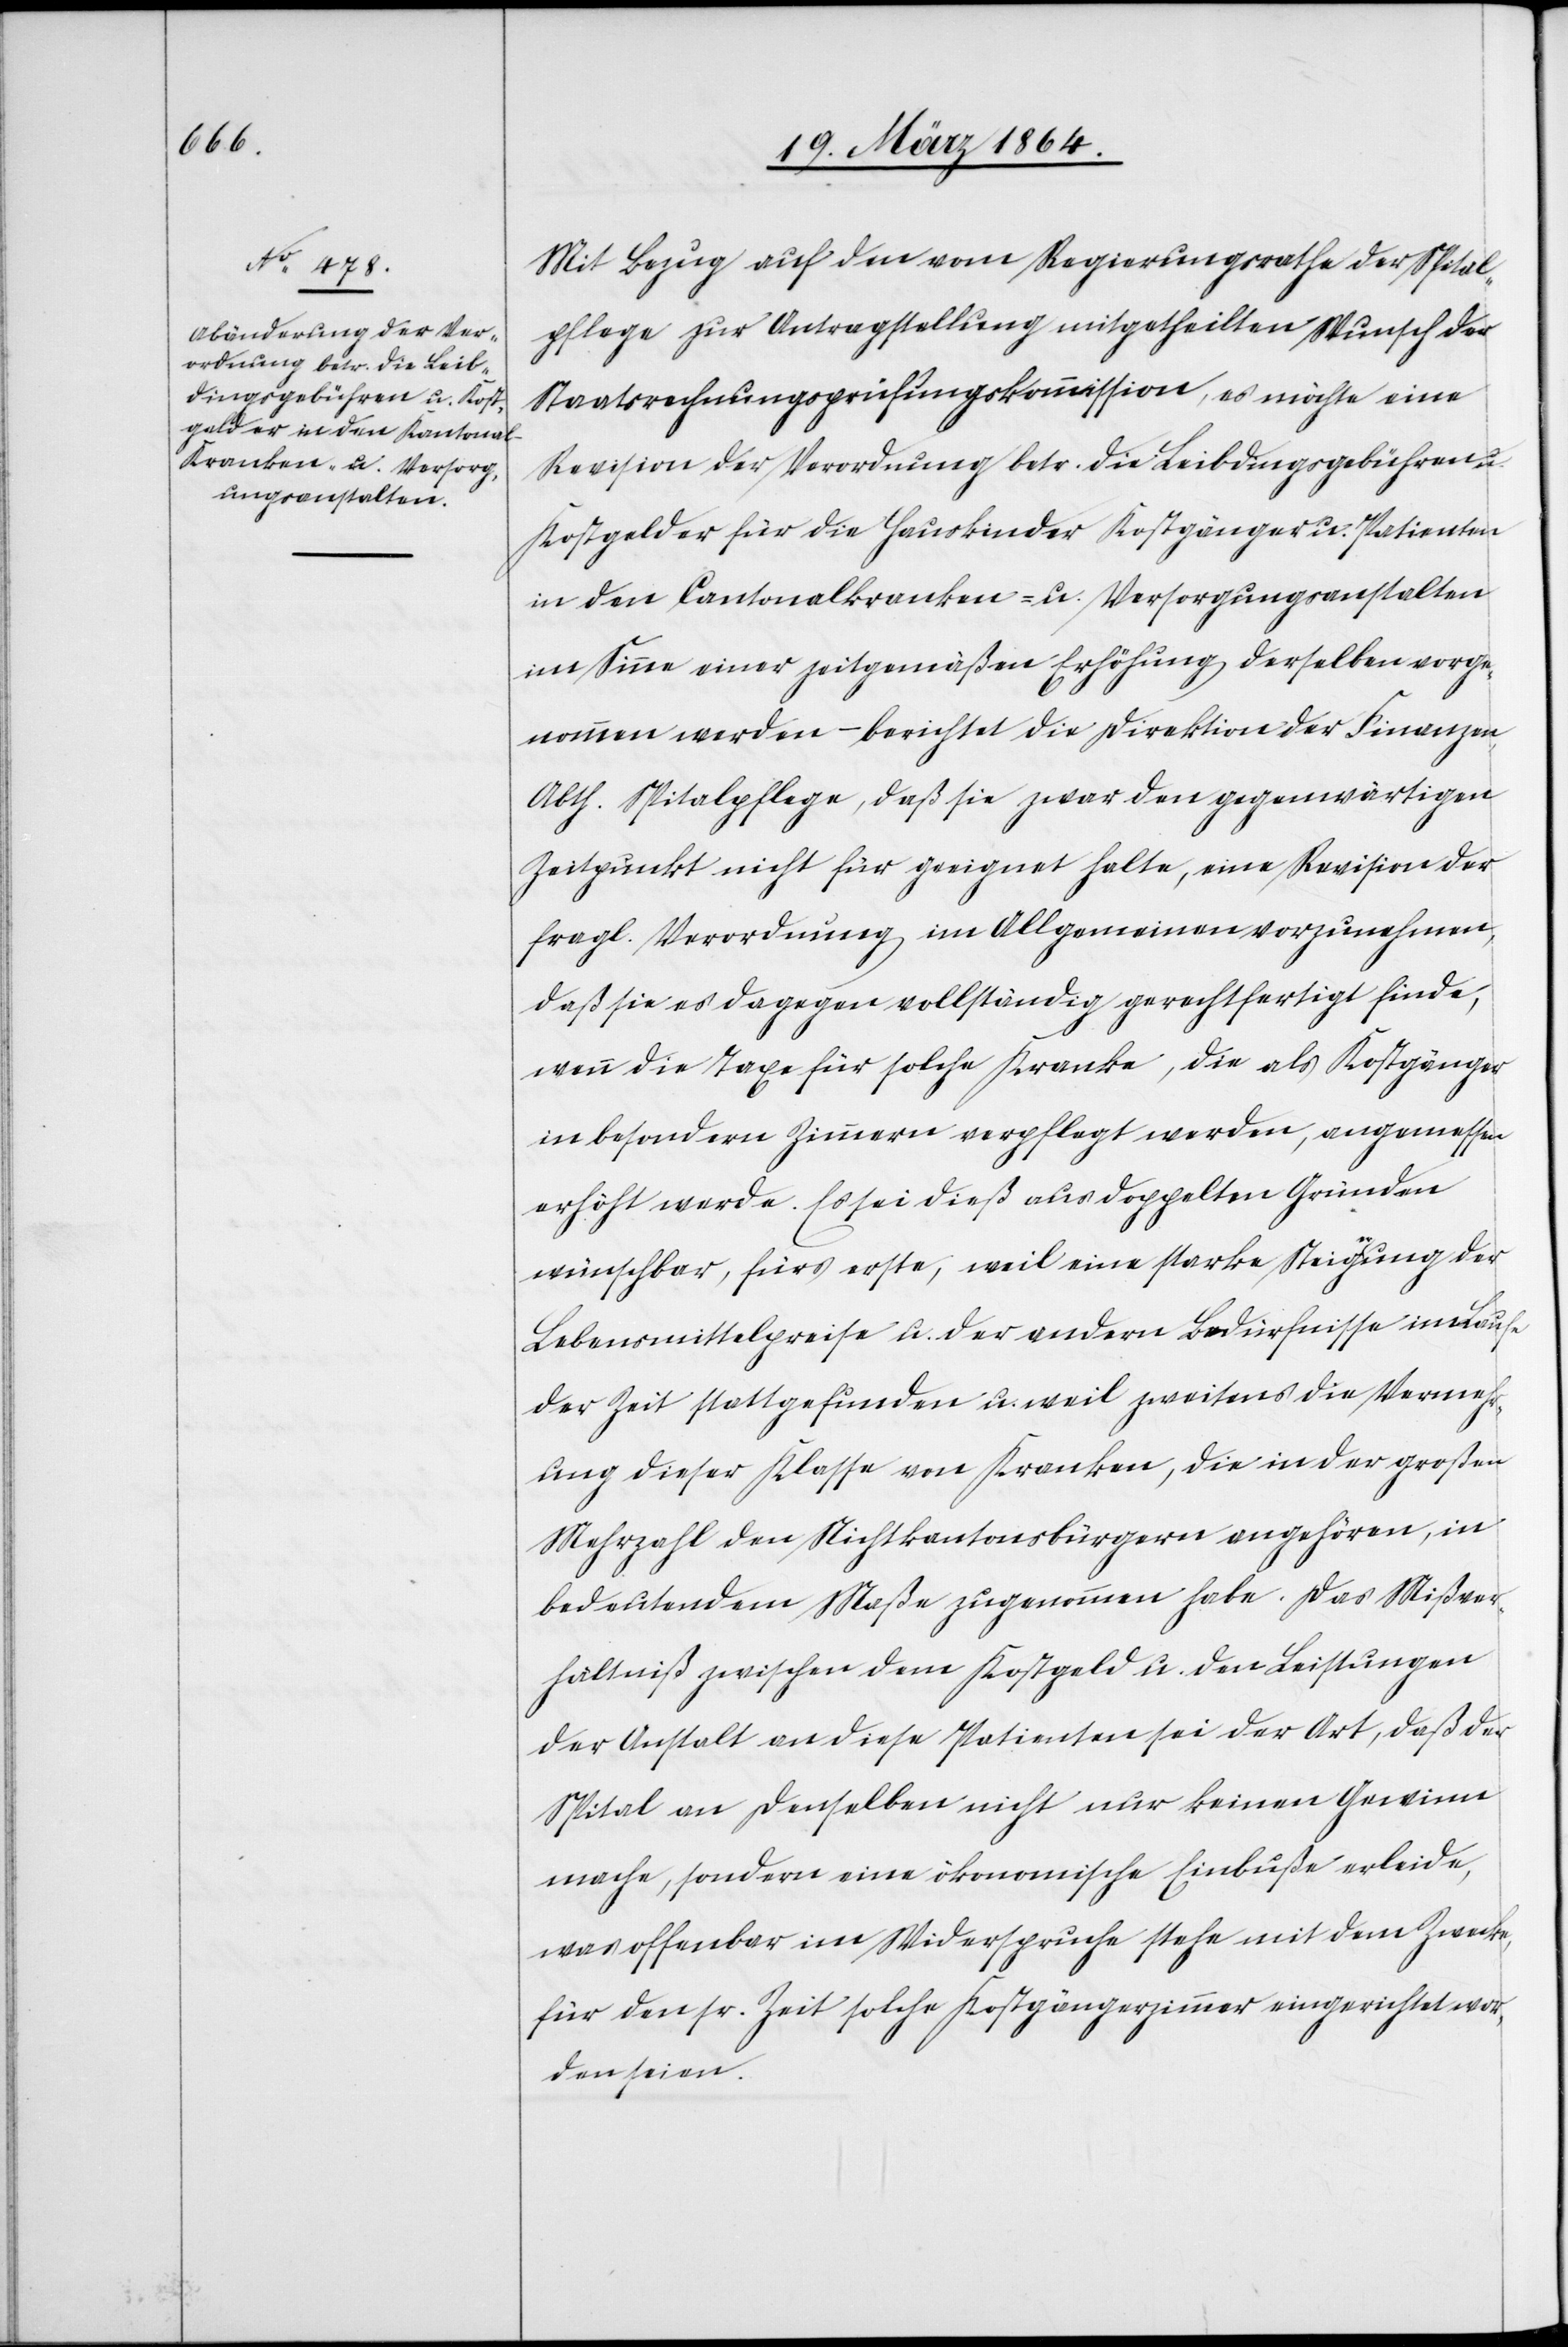
Mit Bezug auf den vom Regierungsrathe der Spital¬
pflege zur Antragstellung mitgetheilten Wunsch der
Staatsrechnungsprüfungskommission, es möchte eine
Revision der Verordnung betr. die Leibdingsgebühren u.
Kostgelder für die Hauskinder[,] Kostgänger u. Patienten
in den Cantonalkranken- u. Versorgungsanstalten
im Sinne einer zeitgemäßen Erhöhung derselben vorge¬
nommen werden – berichtet die Direktion der Finanzen,
Abth. Spitalpflege, daß sie zwar den gegenwärtigen
Zeitpunkt nicht für geeignet halte, eine Revision der
fragl. Verordnung im Allgemeinen vorzunehmen,
daß sie es dagegen vollständig gerechtfertigt finde,
wenn die Taxe für solche Kranke, die als Kostgänger
in besondern Zimmern verpflegt werden, angemessen
erhöht werde. Es sei dieß aus doppelten Gründen
wünschbar, fürs erste, weil eine starke Steigung der
Lebensmittelpreise u. der andern Bedürfnisse im Laufe
der Zeit stattgefunden u. weil zweitens die Vermehr¬
ung dieser Klasse von Kranken, die in der großen
Mehrzahl den Nichtkantonsbürgern angehören, in
bedeutendem Maße zugenommen habe. Das Mißver¬
hältniß zwischen dem Kostgeld u. den Leistungen
der Anstalt an diese Patienten sei der Art, daß der
Spital an denselben nicht nur keinen Gewinn
mache, sondern eine ökonomische Einbuße erleide,
was offenbar im Widerspruche stehe mit dem Zwecke,
für den sr. Zeit solche Kostgängerzimmer eingerichtet wor¬
den seien.